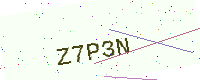
Text: Z7P3N